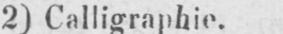
2) Calligraphie.